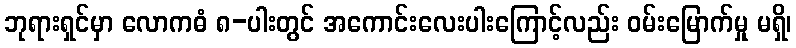
ဘုရားရှင်မှာ လောကဓံ ၈-ပါးတွင် အကောင်းလေးပါးကြောင့်လည်း ဝမ်းမြောက်မှု မရှိ၊